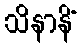
သိနာနိံ